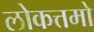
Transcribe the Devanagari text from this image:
लोकत्तमो